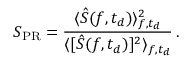
S _ { \mathrm { P R } } = \frac { \langle \hat { S } ( f , t _ { d } ) \rangle _ { f , t _ { d } } ^ { 2 } } { \langle [ \hat { S } ( f , t _ { d } ) ] ^ { 2 } \rangle _ { f , t _ { d } } } \, .